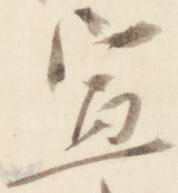
宣